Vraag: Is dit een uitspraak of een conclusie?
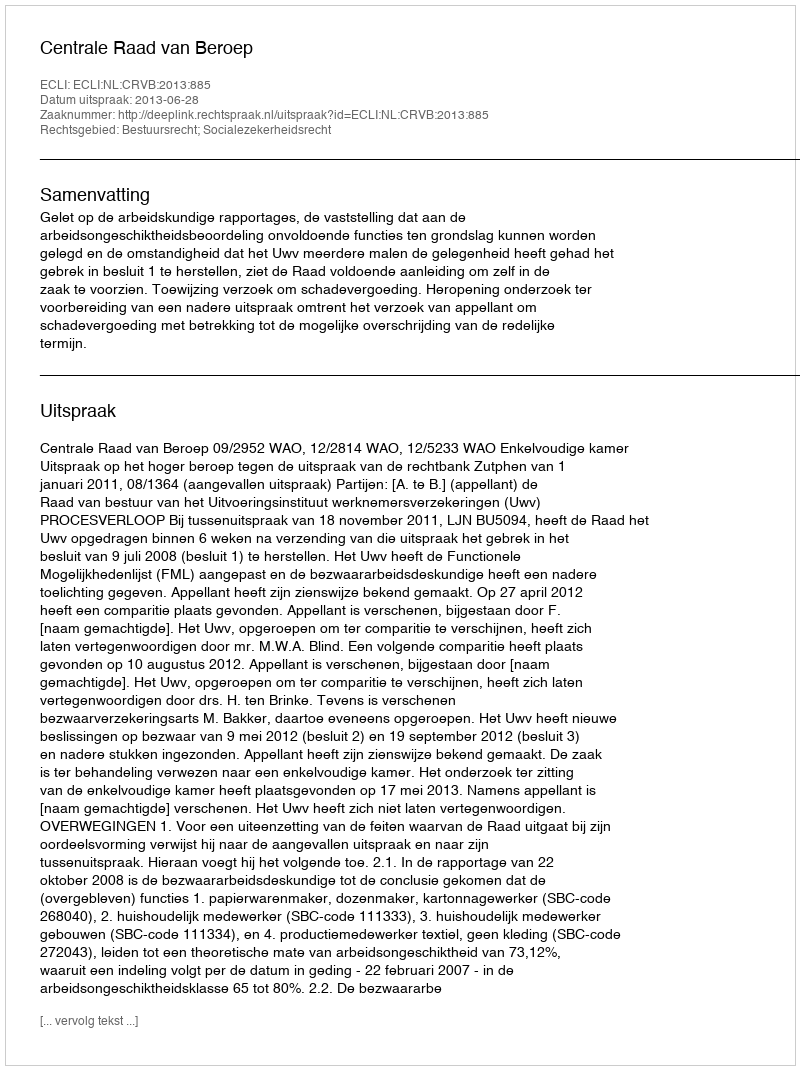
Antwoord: Uitspraak